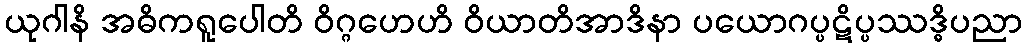
ယုဂါနိ အဓိကရူပေါတိ ဝိဂ္ဂဟေဟိ ဝိယာတိအာဒိနာ ပယောဂပ္ပဋိပ္ပဿဒ္ဓိပညာ